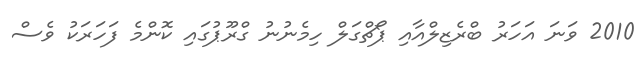
2010 ވަނަ އަހަރު ބްރެޒިލްއާއި ޕޯޗްގަލް ހިމެނުނު ގްރޫޕުގައި ކޮންމެ ފަހަރަކު ވެސް